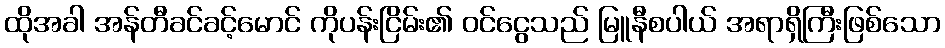
ထိုအခါ အန်တီခင်ခင့်မောင် ကိုပန်းငြိမ်း၏ ဝင်ငွေသည် မြူနီစပါယ် အရာရှိကြီးဖြစ်သော